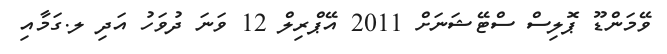
ވޭމަންޑޫ ޕޮލިސް ސްޓޭޝަނަށް 2011 އޭޕްރިލް 12 ވަނަ ދުވަހު އަދި ލ.ގަމާއި